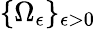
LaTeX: \{ \Omega_{\epsilon}\} _{\epsilon>0}